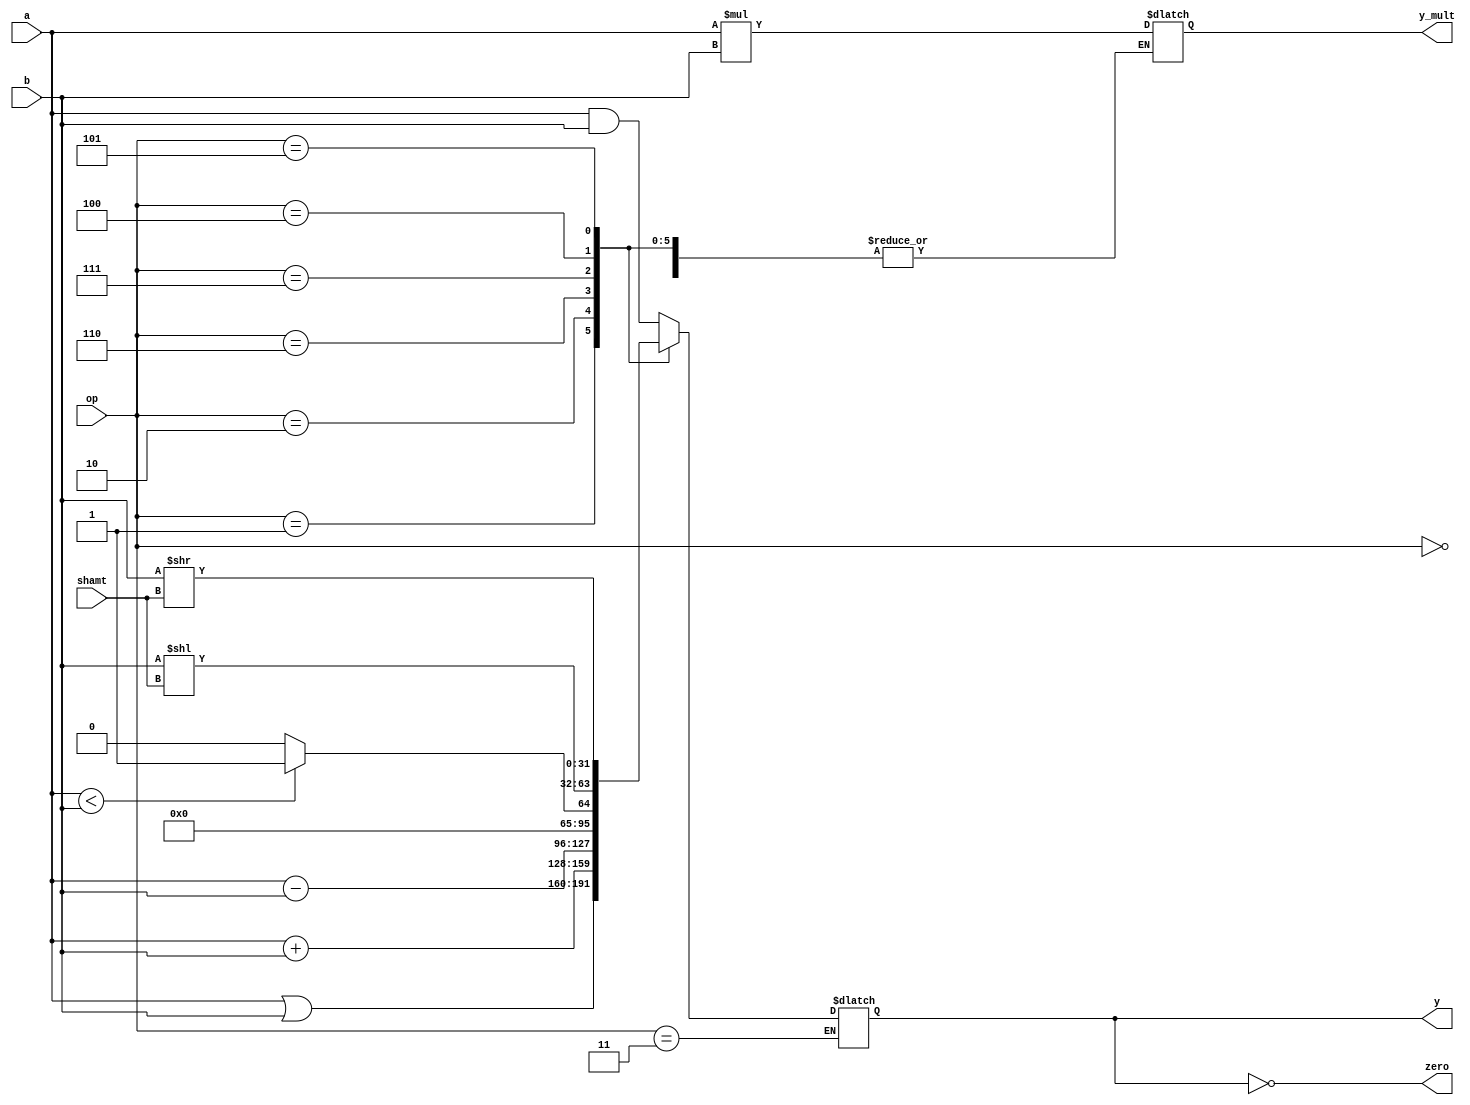
module alu (
        input  wire [2:0]  op,
        input  wire [4:0]  shamt,
        input  wire [31:0] a,
        input  wire [31:0] b,
        output wire        zero,
        output reg  [31:0] y,
        output reg  [63:0] y_mult
    );

    assign zero = (y==0);

    always @ (op, a, b) begin
        case (op)
            3'b000: y = a & b;
            3'b001: y = a | b;
            3'b010: y = a + b;
            3'b110: y = a - b;
            3'b111: y = (a < b) ? 1 : 0;       
            
            3'b011: y_mult = a * b;
            3'b100: y = b << shamt;
            3'b101: y = b >> shamt;
        endcase
    end
    
    

endmodule